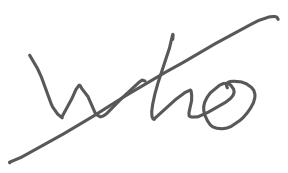
Text: who
Cross-out: diagonal
Writing tool: digital_gray